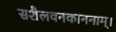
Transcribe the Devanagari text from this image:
सशैलवनकाननाम्।